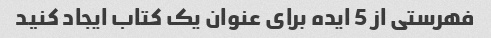
فهرستی از 5 ایده برای عنوان یک کتاب ایجاد کنید